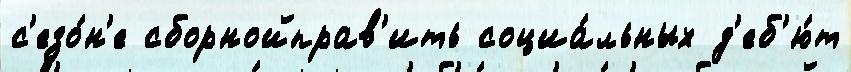
с'езо́н'е сборнойправ'ить социа́льных д'еб'ю́т